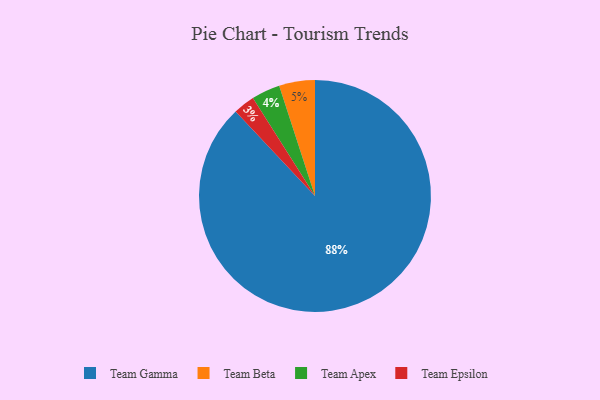
{"axis": {"x": "Category", "y": "Percentage"}, "legend": ["Team Apex", "Team Beta", "Team Epsilon", "Team Gamma"], "data": [{"x": "Team Beta", "y": 5, "type": "Team Beta"}, {"x": "Team Epsilon", "y": 3, "type": "Team Epsilon"}, {"x": "Team Apex", "y": 4, "type": "Team Apex"}, {"x": "Team Gamma", "y": 88, "type": "Team Gamma"}]}